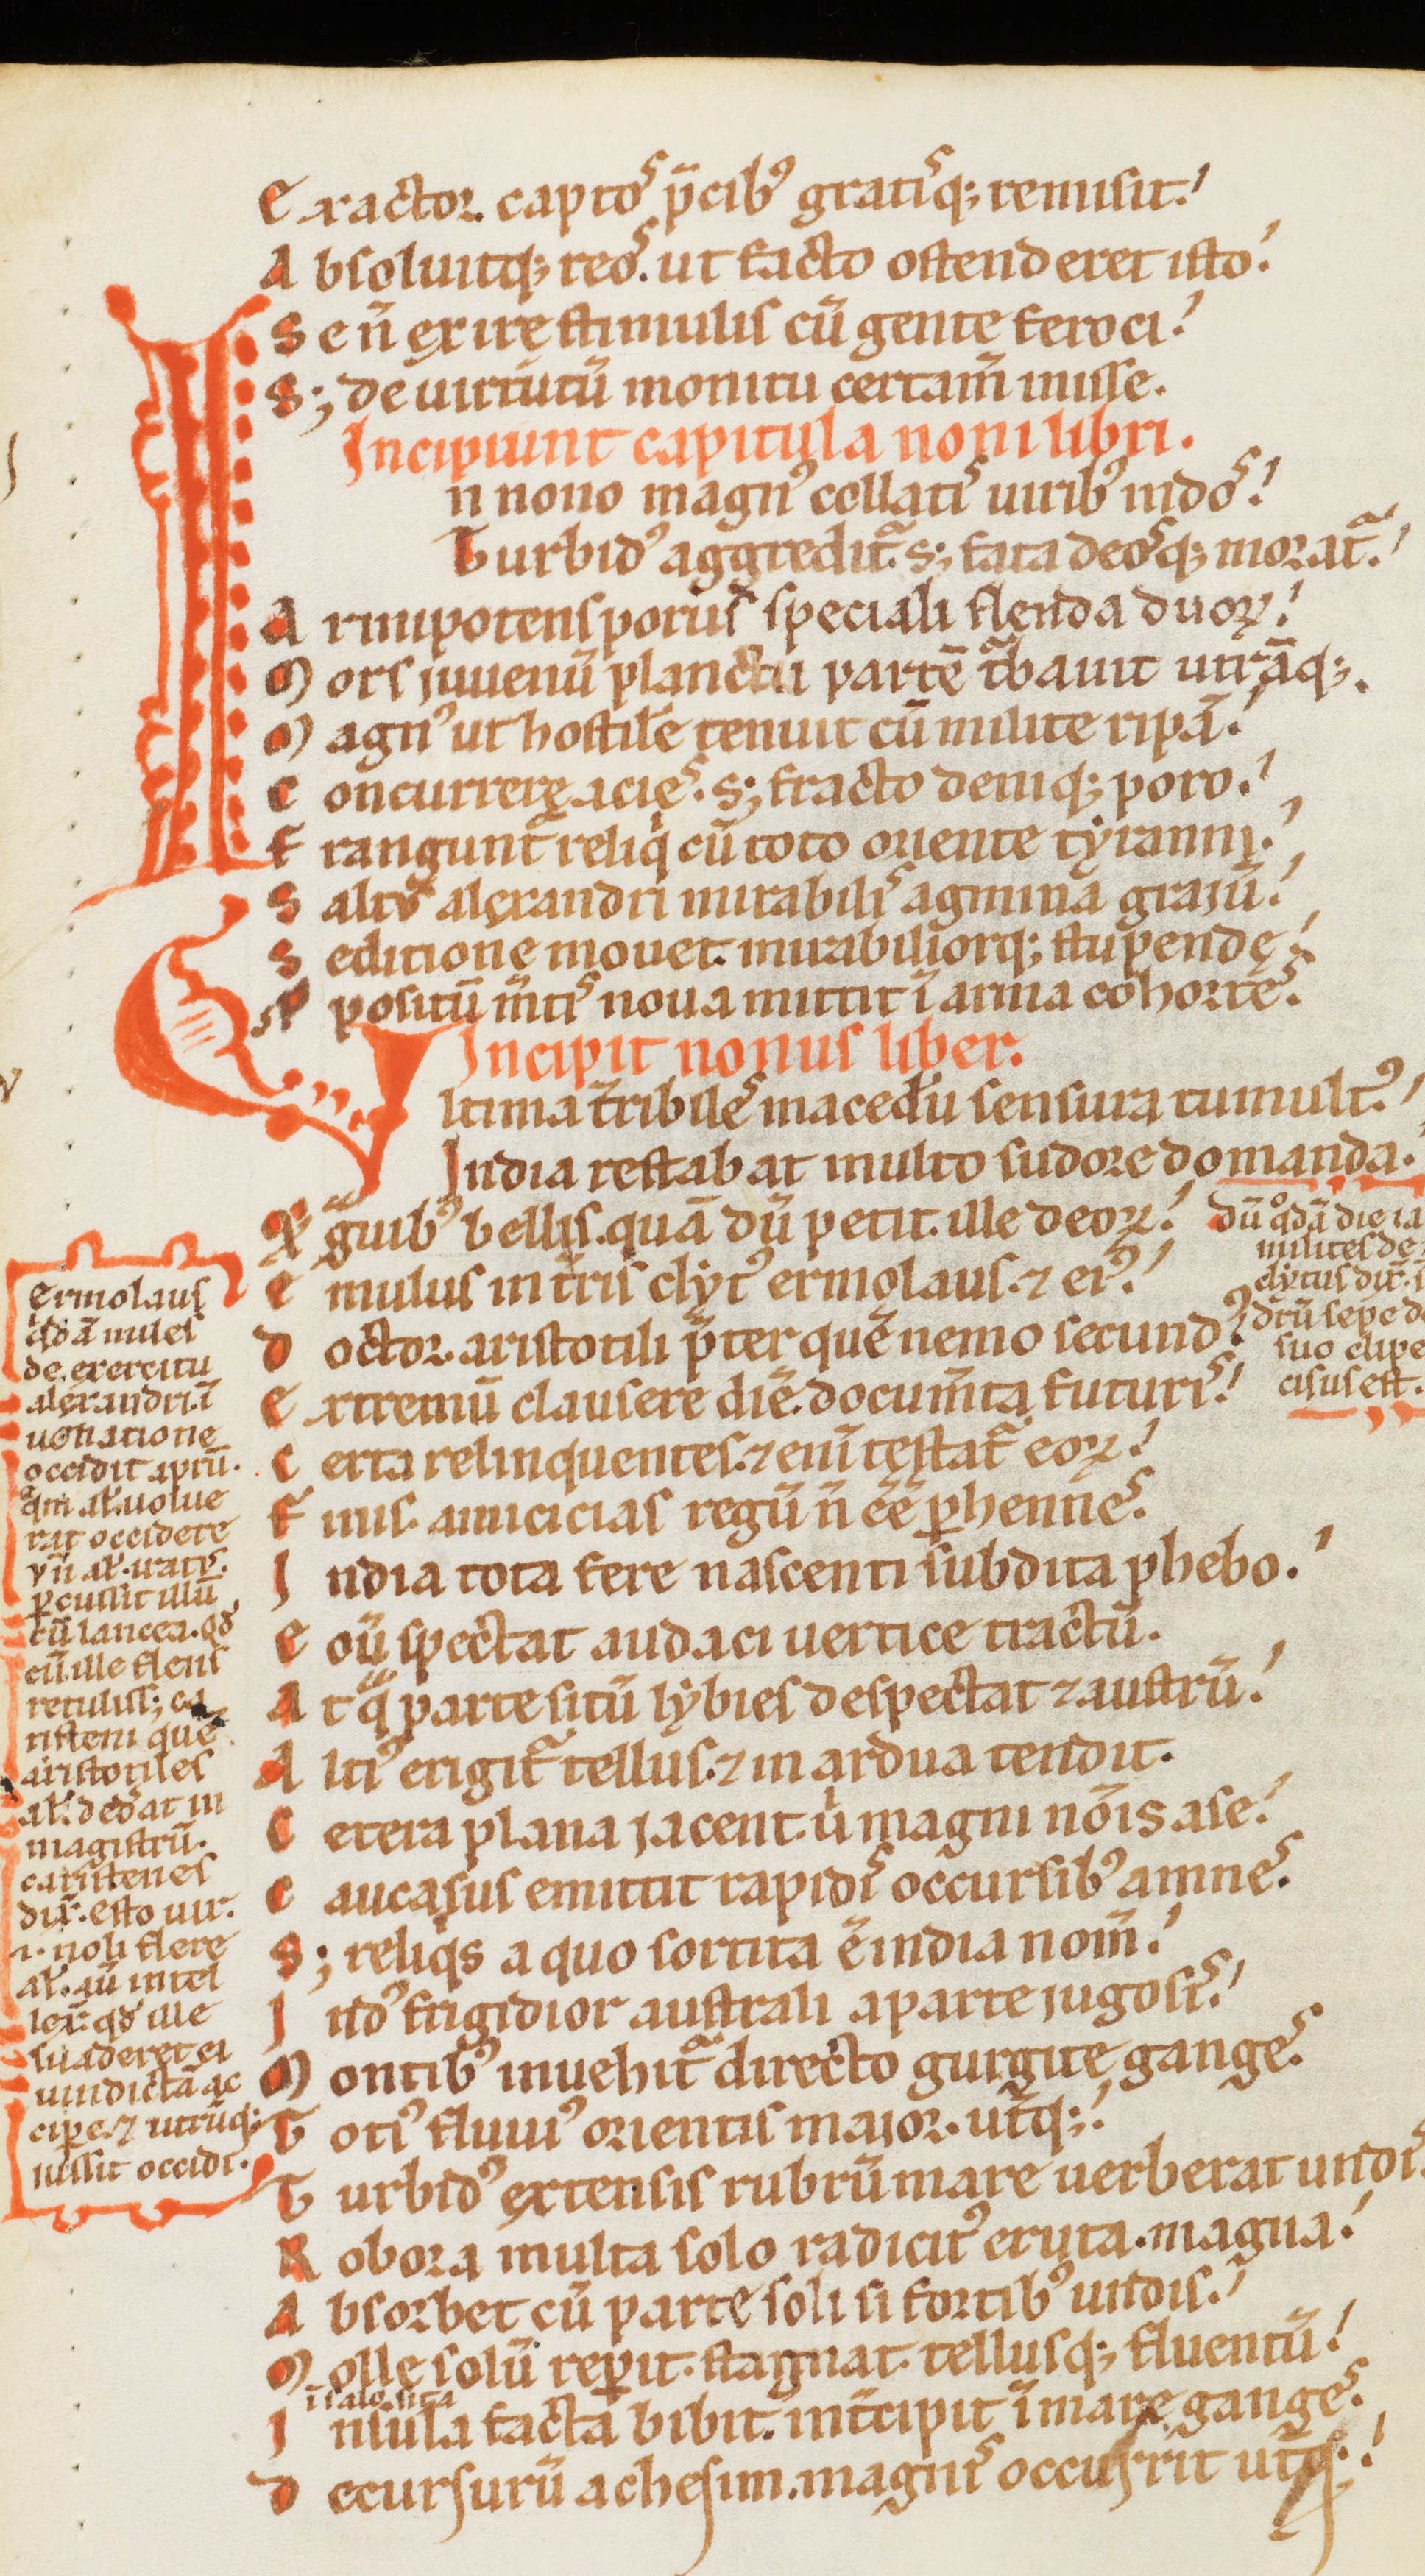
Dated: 1170–1180